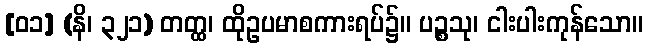
[၀၁] (နိ၊ ၃၂၁) တတ္ထ၊ ထိုဥပမာစကားရပ်၌။ ပဉ္စသု၊ ငါးပါးကုန်သော။